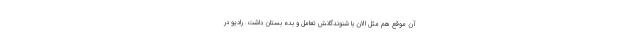
آن موقع هم مثل الان با شنوندگانش تعامل و بده بستان داشت. رادیو در